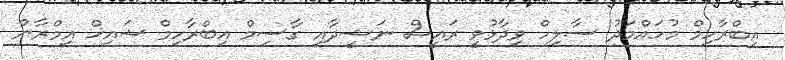
އިބްރާހިމް މުހައްމަދު ސާލިހް ވިދާޅުވީ ރައީސް ނަޝީދާއި ގާސިމް އިބްރާހިމް ޝައިޚް އިމްރާން